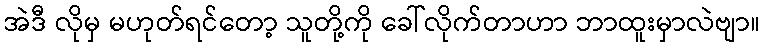
အဲဒီ လိုမှ မဟုတ်ရင်တော့ သူတို့ကို ခေါ်လိုက်တာဟာ ဘာထူးမှာလဲဗျာ။